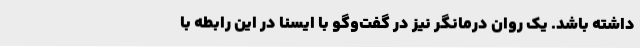
داشته باشد. یک روان درمانگر نیز در گفت‌وگو با ایسنا در این رابطه با